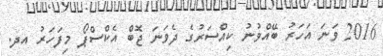
2016 ވަނަ އަހަރު ބޭއްވުނު ކިއްސަރުގެ ދެވަނަ ޖޮބް އެކްސްޕޯ މިފަހަރު އދ.